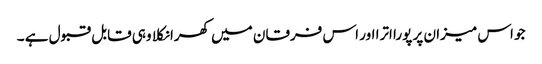
جو اس میزان پر پورا اترا اور اس فرقان میں کھرا نکلا وہی قابل قبول ہے ۔